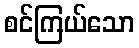
စင်ကြယ်သော